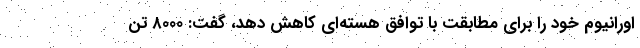
اورانیوم خود را برای مطابقت با توافق هسته‌ای کاهش دهد، گفت: ۸۰۰۰ تن